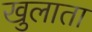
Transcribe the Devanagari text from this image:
खुलाता